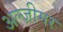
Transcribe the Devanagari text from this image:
अल्ज़ीमर